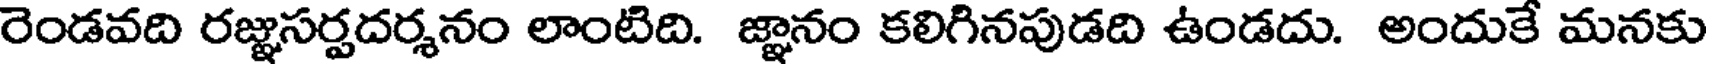
రెండవది రజ్ఞసర్పదర్శనం లాంటిది. జ్ఞానం కలిగినపుడది ఉండదు. అందుకే మనకు